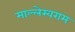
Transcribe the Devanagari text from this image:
माल्लेस्वराम